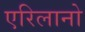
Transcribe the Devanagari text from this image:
एरिलानो